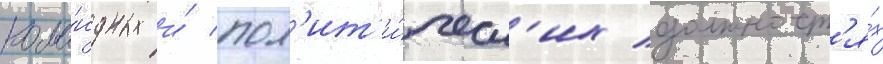
кома́ндных и́ пол'ит'и́ческ'их должност'я́х